Indian Medical Review
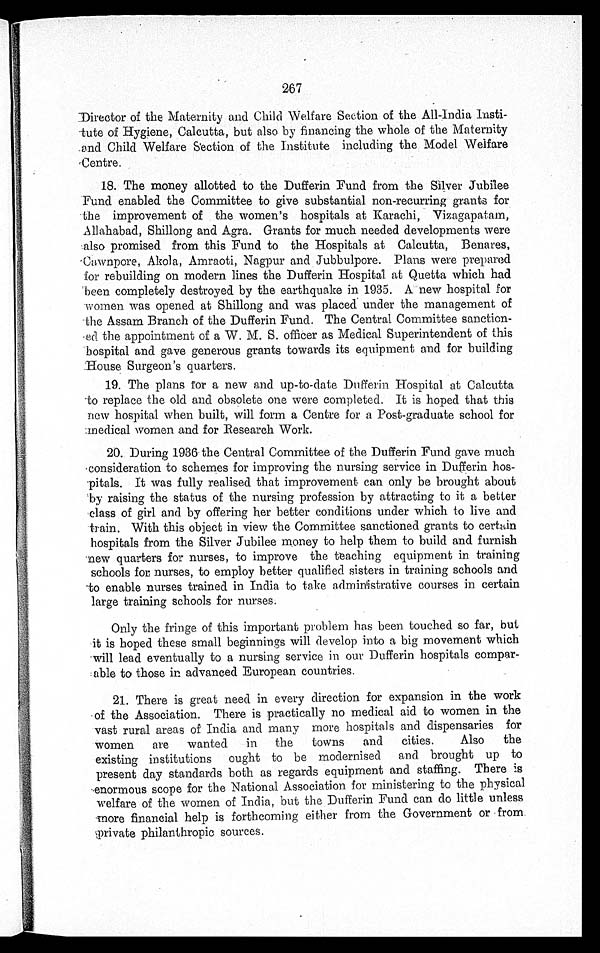
267
Director of the Maternity and Child Welfare Section of the All-India Insti
-
tute of Hygiene, Calcutta, but also by financing the whole of the Maternity
and Child Welfare Section of the Institute including the Model. Welfare
C entre.
18. The money allotted to the Dufferin Fund from the Silver Jubilee
Fund enabled the Committee to give substantial non-recurring grants for
the improvement of the women's hospitals at Karachi, Vizagapatam,
Allahabad, Shillong and Agra. Grants for much needed developments were
also promised from this Fund to the Hospitals at Calcutta, Benares,
Cawnpore, Akola, Amraoti, Nagpur and Jubbulpore. Plans were prepared
for rebuilding on modern lines the Dufferin Hospital at Quetta which had
been completely destroyed by the earthquake in 1935. A new hospital for
women was opened at Shillong and was placed under the management of
the Assam Branch of the Dufferin Fund. The Central Committee sanction
-
ed the appointment of a W. M. S. officer as Medical Superintendent of this
hospital and gave generous grants towards its equipment and for building
House Surgeon's quarters.
19. The plans for
a new and up-to-date Dufferin Hospital at Calcutta
to replace the. old and obsolete one were completed. It is hoped that this
new hospital when built, will form a
Centre for a Post-graduate school for
medical women and for Research Work.
20. During 1936 the Central Committee of the Dufferin Fund gave much
consideration to schemes for improving the nursing service in Dufferin hos
-
pitals. It was fully realised that improvement can only be brought about
by raising the status of the nursing profession by attracting to it a better
class of girl and by offering her better conditions under which to live and
train. With this object in view the Committee sanctioned grants to certain
hospitals from the Silver Jubilee money to help them to build and furnish
n e w q u a r t e r s f o r n u r s e s , t o i m p r o v ethe teaching equipment in training
schools for, nurses, to employ better qualified sisters in training schools and
to enable nurses trained in India to take administrative courses in certain
large training schools for nurses.
Only the fringe of this important problem has been touched so far,
b u t
it is hoped these small beginnings will develop into a big movement which
will lead eventually to a nursing service in our Dufferin hospitals compar
-
able to those in advanced European countries.
21. There is great need in every direction for expansion in the work
of the Association. There is practically no medical aid to women in the
vast rural areas of India and many more hospitals and dispensaries for
women are wanted in the towns and cities. Also the
existing institutions ought to be modernised and brought up to
present day standards both as regards equipment and staffing. There is
enormous scope for the National Association for ministering to the physical
welfare of the women of India, but the Dufferin Fund can do little unless
more financial help is forthcoming either from the Government or from
private philanthropic sources.